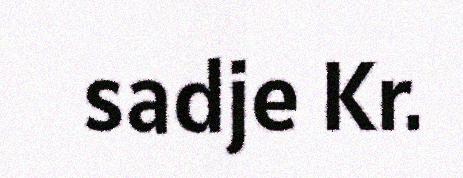
sadje Kr.